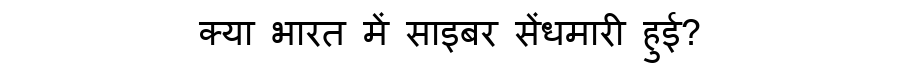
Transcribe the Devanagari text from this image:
क्या भारत में साइबर सेंधमारी हुई?